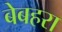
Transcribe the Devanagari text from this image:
बेबहरा